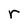
Character: r